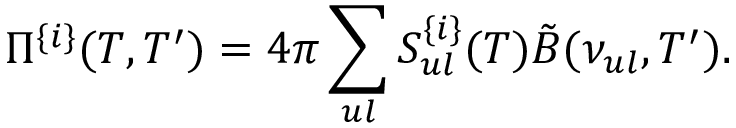
\Pi ^ { \{ i \} } ( T , T ^ { \prime } ) = 4 \pi \sum _ { u l } S _ { u l } ^ { \{ i \} } ( T ) \tilde { B } ( \nu _ { u l } , T ^ { \prime } ) .